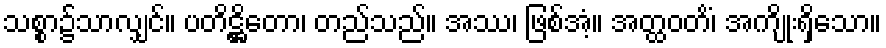
သစ္စာ၌သာလျှင်။ ပတိဋ္ဌိတော၊ တည်သည်။ အဿ၊ ဖြစ်အံ့။ အတ္ထဝတိံ၊ အကျိုးရှိသော။